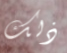
ذلك